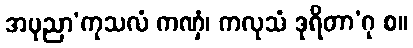
အပုညာ’ကုသလံ ကဏှံ၊ ကလုသံ ဒုရိတာ’ဂု စ။